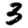
Digit: 3